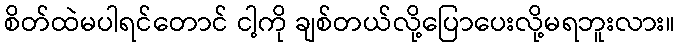
စိတ်ထဲမပါရင်တောင် ငါ့ကို ချစ်တယ်လို့ပြောပေးလို့မရဘူးလား။